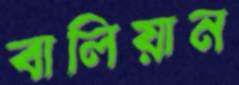
বালিয়ান